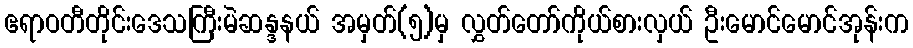
ဧရာဝတီတိုင်းဒေသကြီးမဲဆန္ဒနယ် အမှတ်(၅)မှ လွှတ်တော်ကိုယ်စားလှယ် ဦးမောင်မောင်အုန်းက